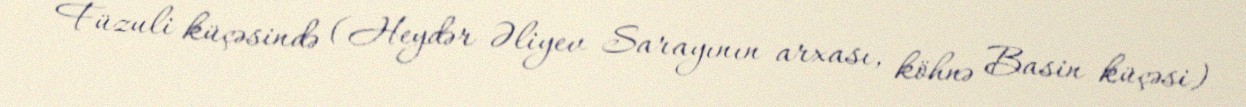
Füzuli küçəsində (Heydər Əliyev Sarayının arxası, köhnə Basin küçəsi)